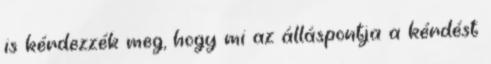
is kérdezzék meg, hogy mi az álláspontja a kérdést